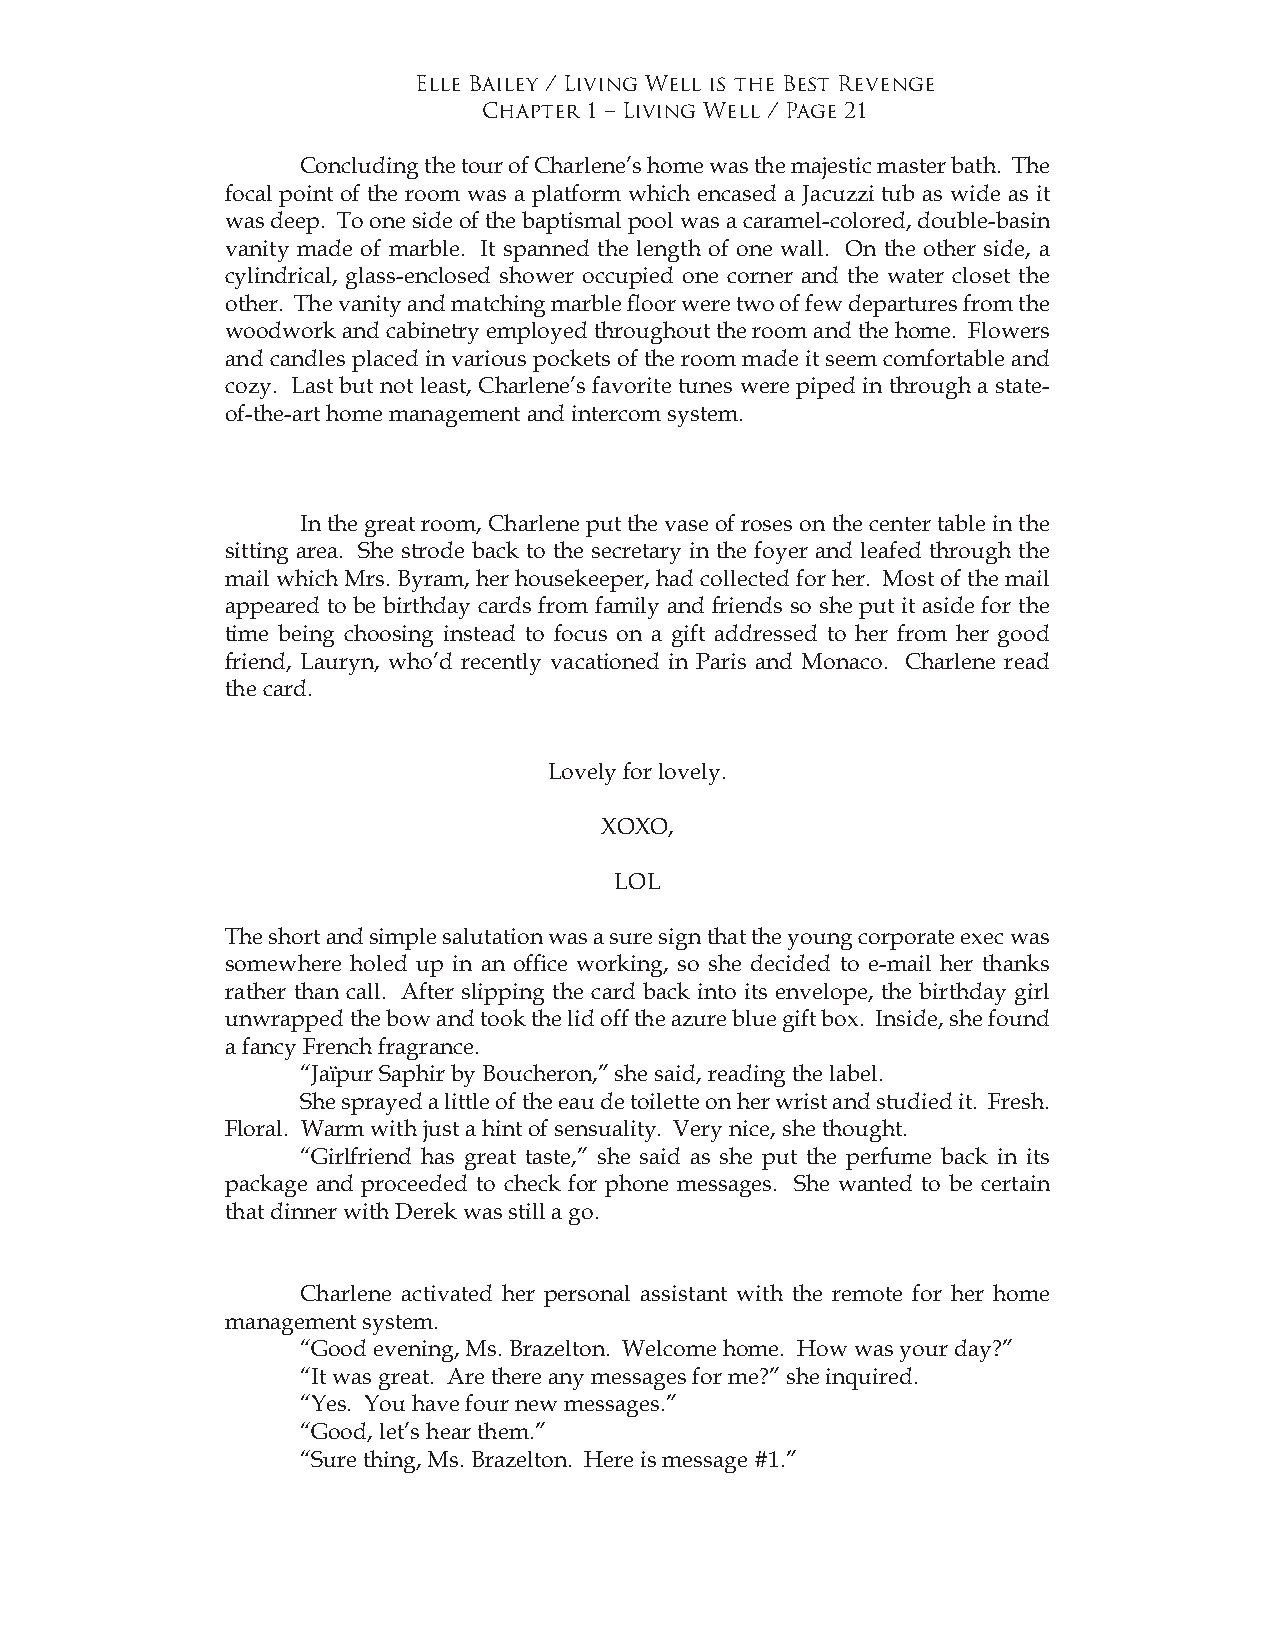
Elle Bailey / Living Well is the Best Revenge
 Chapter 1 – Living Well / Page 21
 Concluding the tour of Charlene’s home was the majestic master bath. The
 focal point of the room was a platform which encased a Jacuzzi tub as wide as it
 was deep. To one side of the baptismal pool was a caramel-colored, double-basin
 vanity made of marble. It spanned the length of one wall. On the other side, a
 cylindrical, glass-enclosed shower occupied one corner and the water closet the
 other. The vanity and matching marble floor were two of few departures from the
 woodwork and cabinetry employed throughout the room and the home. Flowers
 and candles placed in various pockets of the room made it seem comfortable and
 cozy. Last but not least, Charlene’s favorite tunes were piped in through a state-
 of-the-art home management and intercom system.
 In the great room, Charlene put the vase of roses on the center table in the
 sitting area. She strode back to the secretary in the foyer and leafed through the
 mail which Mrs. Byram, her housekeeper, had collected for her. Most of the mail
 appeared to be birthday cards from family and friends so she put it aside for the
 time being choosing instead to focus on a gift addressed to her from her good
 friend, Lauryn, who’d recently vacationed in Paris and Monaco. Charlene read
 the card.
 Lovely for lovely.
 XOXO,
 LOL
 The short and simple salutation was a sure sign that the young corporate exec was
 somewhere holed up in an office working, so she decided to e-mail her thanks
 rather than call. After slipping the card back into its envelope, the birthday girl
 unwrapped the bow and took the lid off the azure blue gift box. Inside, she found
 a fancy French fragrance.
 “Jaïpur Saphir by Boucheron,” she said, reading the label.
 She sprayed a little of the eau de toilette on her wrist and studied it. Fresh.
 Floral. Warm with just a hint of sensuality. Very nice, she thought.
 “Girlfriend has great taste,” she said as she put the perfume back in its
 package and proceeded to check for phone messages. She wanted to be certain
 that dinner with Derek was still a go.
 Charlene activated her personal assistant with the remote for her home
 management system.
 “Good evening, Ms. Brazelton. Welcome home. How was your day?”
 “It was great. Are there any messages for me?” she inquired.
 “Yes. You have four new messages.”
 “Good, let’s hear them.”
 “Sure thing, Ms. Brazelton. Here is message #1.”